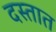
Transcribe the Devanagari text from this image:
दस्तात